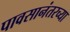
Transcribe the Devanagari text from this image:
पावसानंतरच्या